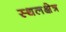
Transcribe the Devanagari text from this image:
स्थलक्षेत्र